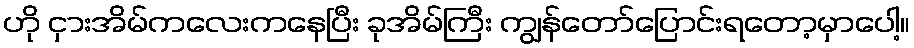
ဟို ငှားအိမ်ကလေးကနေပြီး ခုအိမ်ကြီး ကျွန်တော်ပြောင်းရတော့မှာပေါ့။